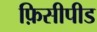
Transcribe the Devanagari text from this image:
फ़िसीपीड